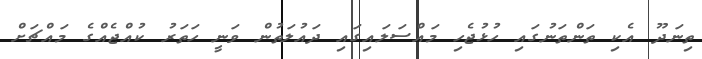
ތިނަދޫ އެކި ތަންތަނުގައި ހުޅުޖެހި މައްސަލައިގައި ދައުލަތުން ވަނީ ހަތަރު ކުއްޖެއްގެ މައްޗަށް